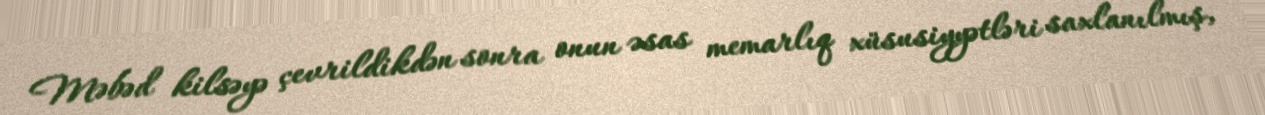
Məbəd kilsəyə çevrildikdən sonra onun əsas memarlıq xüsusiyyətləri saxlanılmış,